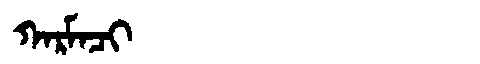
Manchu: ᡴᠠᡵᠮᠠᠴᡳ
Romanization: KARMACI